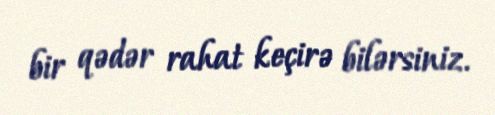
bir qədər rahat keçirə bilərsiniz.